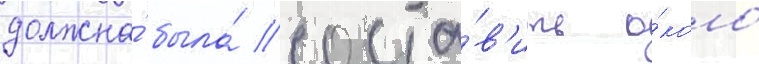
должна́ была́ соста́в'ить о́коло